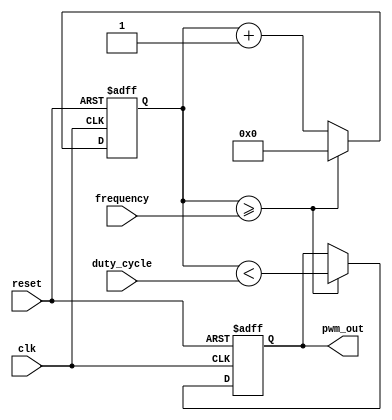
module pwm_generator (
    input wire clk,
    input wire reset,
    input wire [7:0] duty_cycle,
    input wire [15:0] frequency,
    output reg pwm_out
);

reg [15:0] count;

always @(posedge clk or posedge reset) begin
    if (reset) begin
        count <= 16'd0;
        pwm_out <= 1'b0;
    end else begin
        count <= count + 1;
        if (count >= frequency) begin
            count <= 16'd0;
            pwm_out <= count < duty_cycle;
        end
    end
end

endmodule